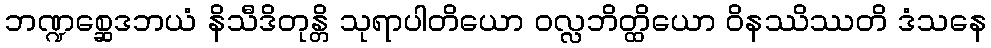
ဘဏ္ဍစ္ဆေဒဘယံ နိသီဒိတုန္တိ သုရာပါတိယော ဝလ္လဘိတ္ထိယော ဝိနဿိဿတိ ဒံသနေ